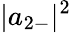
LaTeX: |a_{2-}|^{2}